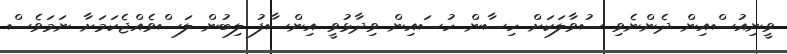
ވީނިއުސްއިން ދެންނެވި ސުވާލަކަށް ހިސާން ހުސައިން ވިދާޅުވީ އިންސާފު ލިބުން ލަސްވެއްޖެކަމަށާ ނަމަވެސް